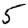
Digit: 5